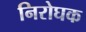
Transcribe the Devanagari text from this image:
निरोघक